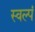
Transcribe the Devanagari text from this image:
स्वल्पं